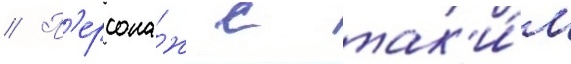
// П'ерсона́ж с так'и́м